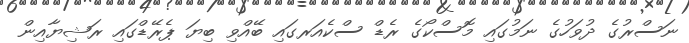
ނަސްރުގެ ދުވަހުގެ ނަމުގައި މޮސްކޯގެ ރެޑް ސްކެއަރގައި ބޭއްވި ބިޔަ ޕެރޭޑްގައި ރަޝިޔާއިން